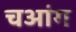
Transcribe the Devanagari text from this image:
चआंग